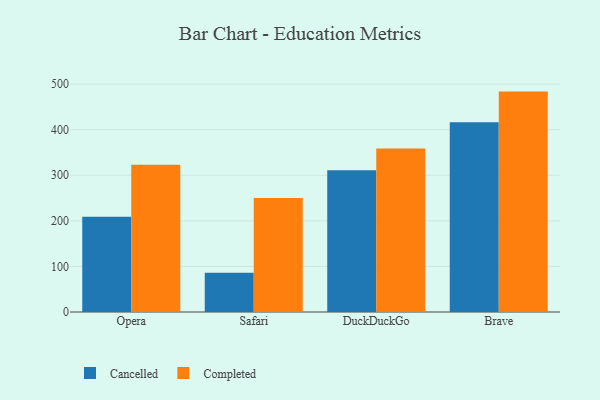
{"axis": {"x": "Browser", "y": "LTV (USD)"}, "legend": ["Cancelled", "Completed"], "data": [{"x": "Opera", "y": 209.2, "type": "Cancelled"}, {"x": "Opera", "y": 323.3, "type": "Completed"}, {"x": "Safari", "y": 86.1, "type": "Cancelled"}, {"x": "Safari", "y": 249.9, "type": "Completed"}, {"x": "DuckDuckGo", "y": 311.1, "type": "Cancelled"}, {"x": "DuckDuckGo", "y": 359.0, "type": "Completed"}, {"x": "Brave", "y": 416.4, "type": "Cancelled"}, {"x": "Brave", "y": 483.6, "type": "Completed"}]}